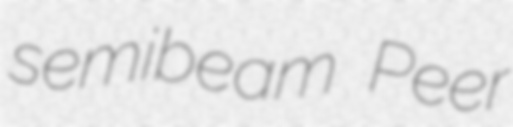
semibeam Peer